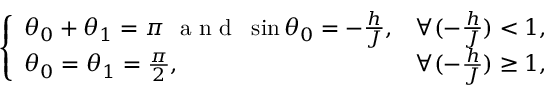
\left\{ \begin{array} { l l } { \theta _ { 0 } + \theta _ { 1 } = \pi \ \textrm { a n d } \ \sin \theta _ { 0 } = - \frac { h } { J } , } & { \forall ( - \frac { h } { J } ) < 1 , } \\ { \theta _ { 0 } = \theta _ { 1 } = \frac { \pi } { 2 } , } & { \forall ( - \frac { h } { J } ) \ge 1 , } \end{array} \right.